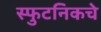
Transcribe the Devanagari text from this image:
स्फुटनिकचे